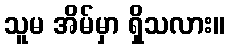
သူမ အိမ်မှာ ရှိသလား။